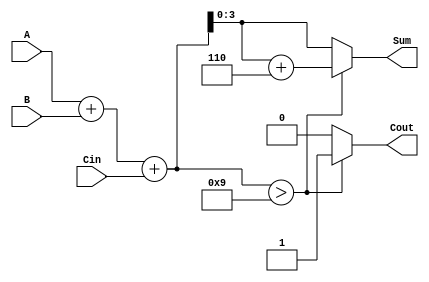
module BCD_Hybrid_Adder (
    input [3:0] A,      // First BCD digit
    input [3:0] B,      // Second BCD digit
    input Cin,          // Carry input
    output reg [3:0] Sum, // BCD sum output
    output reg Cout      // Carry output
);
    // Internal signals
    wire [4:0] binary_sum; // 5-bit to hold the binary sum (A + B + Cin)

    // Standard binary addition
    assign binary_sum = A + B + Cin;

    // BCD correction logic
    always @(*) begin
        if (binary_sum > 4'b1001) begin
            Sum = binary_sum + 4'b0110; // Add 6 for BCD correction
            Cout = 1'b1;                // Set carry out
        end else begin
            Sum = binary_sum[3:0];      // No correction needed
            Cout = 1'b0;                // No carry out
        end
    end
endmodule